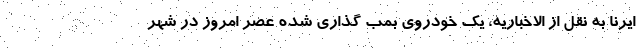
ایرنا به نقل از الاخباریه، یک خودروی بمب گذاری شده عصر امروز در شهر